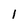
Character: 1